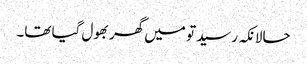
حالانکہ رسید تو میں گھر بھول گیا تھا۔